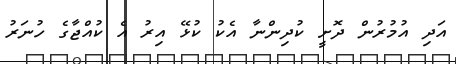
އަދި އުމުރުން ދޮށީ ކުދިންނާ އެކު ކުޅޭ އިރު އެ ކުއްޖާގެ ހުނަރު